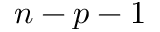
n - p - 1